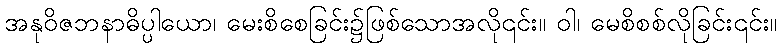
အနုဝိဇဘနာဓိပ္ပါယော၊ မေးစိစေခြင်း၌ဖြစ်သောအလို၎င်း။ ဝါ၊ မေစိစစ်လိုခြင်း၎င်း။